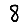
Digit: 8